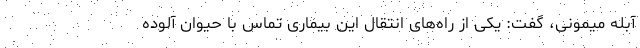
آبله میمونی، گفت: یکی از راه‌های انتقال این بیماری تماس با حیوان آلوده